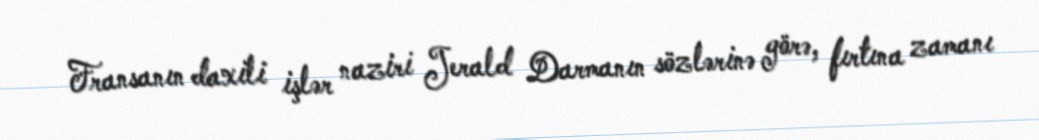
Fransanın daxili işlər naziri Jerald Darmanın sözlərinə görə, fırtına zamanı